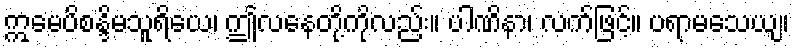
ဣမေပိစန္ဒိမသူရိယေ၊ ဤလနေတို့ကိုလည်း။ ပါဏိနာ၊ လက်ဖြင့်။ ပရာမသေယျ၊